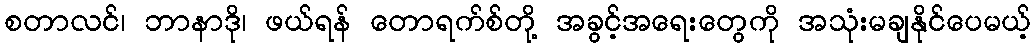
စတာလင်၊ ဘာနာဒို၊ ဖယ်ရန် တောရက်စ်တို့ အခွင့်အရေးတွေကို အသုံးမချနိုင်ပေမယ့်